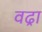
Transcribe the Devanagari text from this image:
वढ्रा